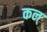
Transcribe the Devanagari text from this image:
कल्